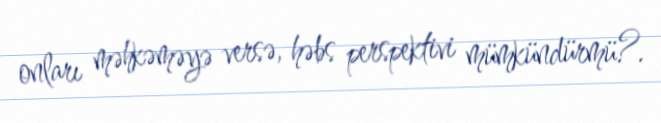
onları məhkəməyə versə, həbs perspektivi mümkündürmü?.